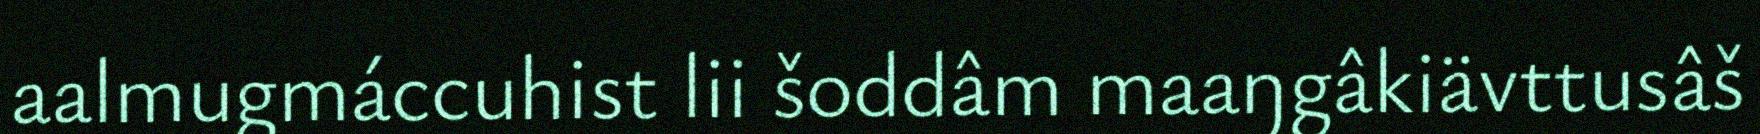
aalmugmáccuhist lii šoddâm maaŋgâkiävttusâš